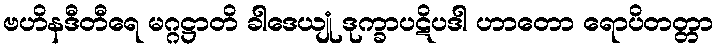
ဗဟိနဒီတီရေ မဂ္ဂဋ္ဌာတိ ခါဒေယျုံ ဒုက္ခာပဋိပဒါ ဟာတော ရောပိတတ္တာ